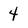
Character: 4